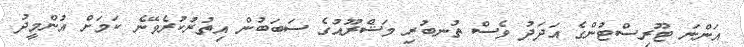
އަންނަ ޓޫރިސްޓުންގެ އަދަދު ވެސް ތުނބުރި މަޝްރޫއުގެ ސަބަބުން އިތުރުކުރެވޭނެ ކަމަށް އުންމީދު